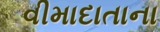
વીમાદાતાના